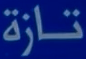
تازة